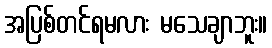
အပြစ်တင်ရမလား မသေချာဘူး။